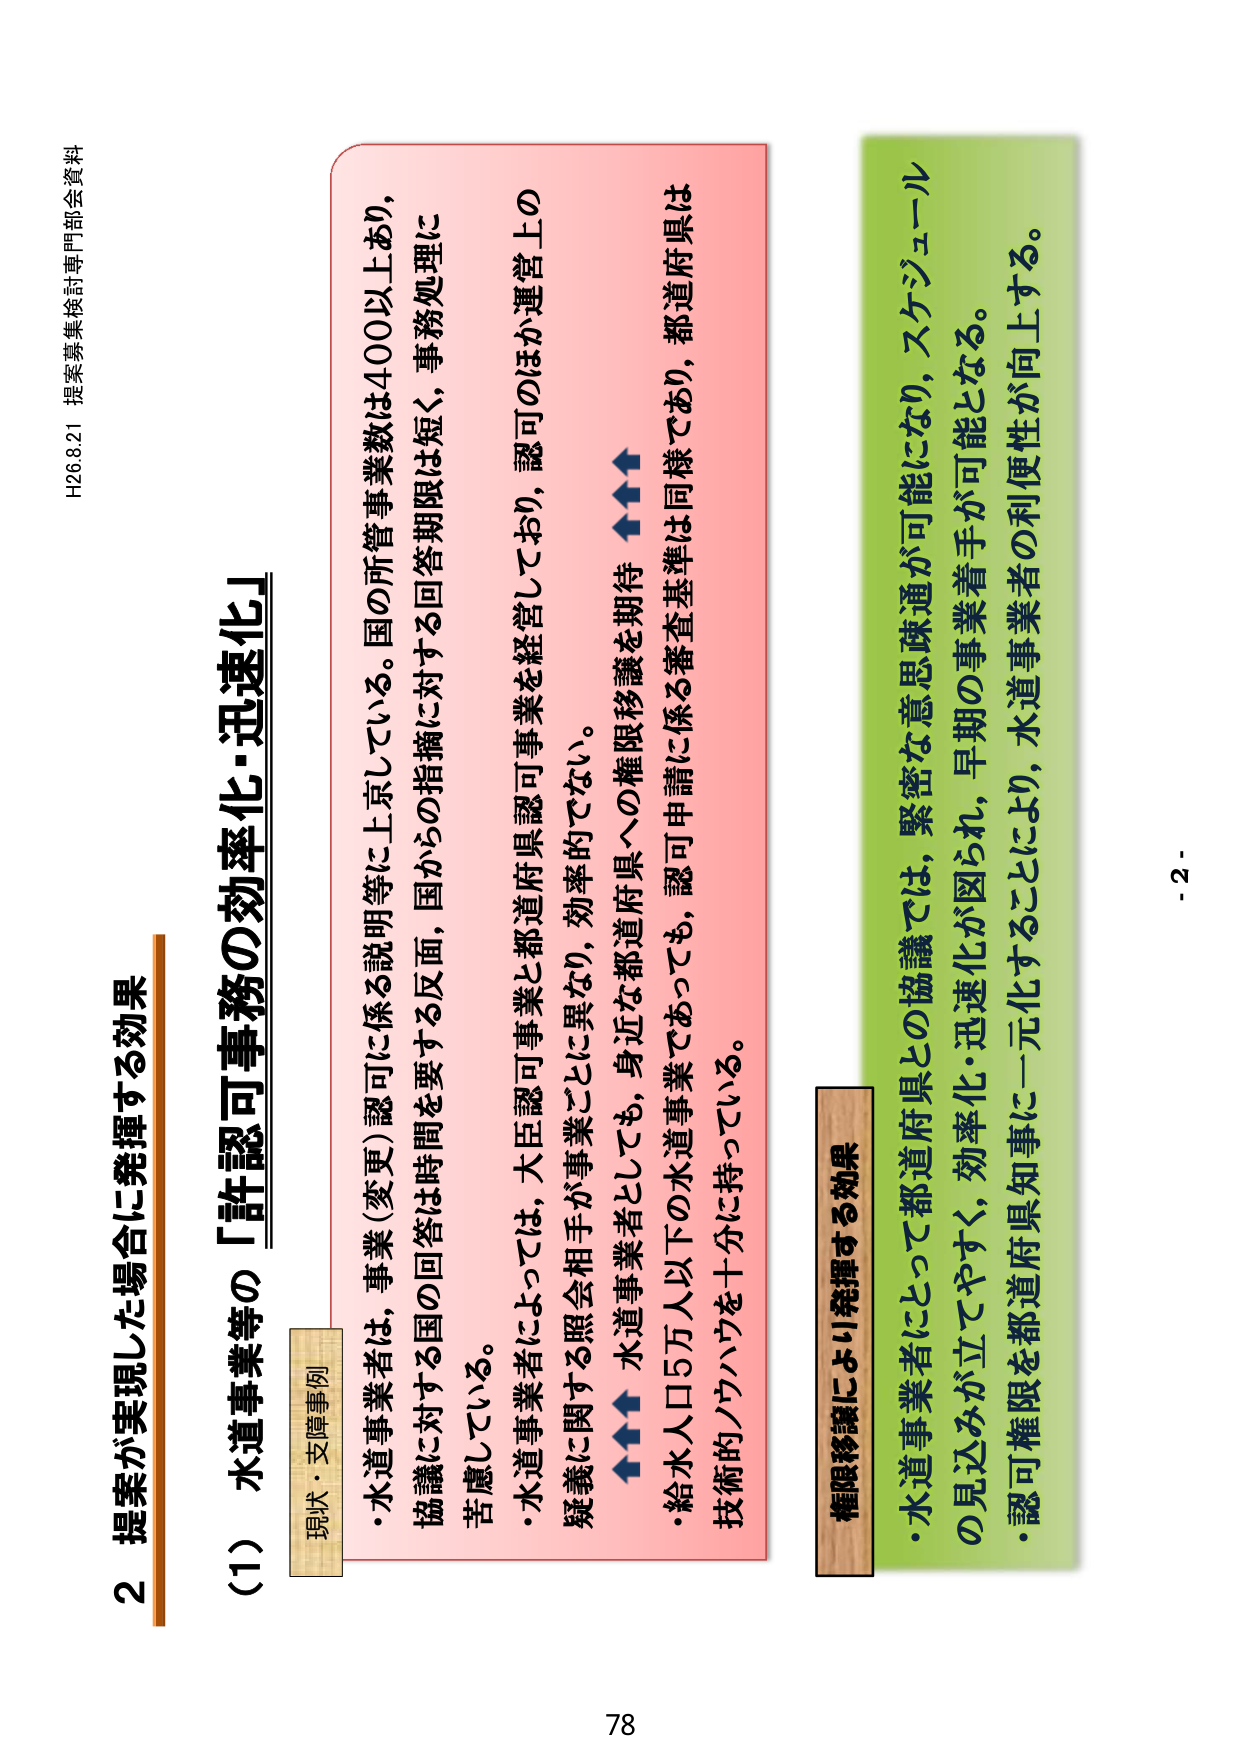
H26.8.21 提案募集検討専門部会資料

2 提案が実現した場合に発揮する効果

（1）水道事業等の「許認可事務の効率化・迅速化」

現状・支障事例
・水道事業者は、事業（変更）認可に係る説明等に上京している。国の所管事業数は400以上あり、
協議に対する国の回答は時間を要する反面、国からの指摘に対する回答期限は短く、事務処理に
苦慮している。
・水道事業者によっては、大臣認可事業と都道府県認可事業を経営しており、認可のほか運営上の
疑義に関する照会相手が事業ごとに異なり、効率的でない。
↑↑↑ 水道事業者としても、身近な都道府県への権限移譲を期待
・給水人口5万人以下の水道事業であっても、認可申請に係る審査基準は同様であり、都道府県は
技術的ノウハウを十分に持っている。

権限移譲により発揮する効果
・水道事業者にとって都道府県との協議では、緊密な意思疎通が可能になり、スケジュール
の見込みが立てやすく、効率化・迅速化が図られ、早期の事業着手が可能となる。
・認可権限を都道府県知事に一元化することにより、水道事業者の利便性が向上する。

78
- 2 -